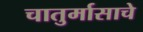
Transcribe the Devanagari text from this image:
चातुर्मासाचे